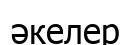
әкелер